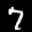
Label: 7